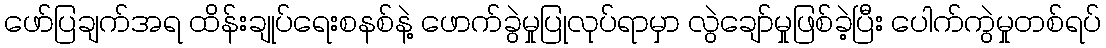
ဖော်ပြချက်အရ ထိန်းချုပ်ရေးစနစ်နဲ့ ဖောက်ခွဲမှုပြုလုပ်ရာမှာ လွဲချော်မှုဖြစ်ခဲ့ပြီး ပေါက်ကွဲမှုတစ်ရပ်